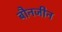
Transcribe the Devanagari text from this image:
बौनजीन